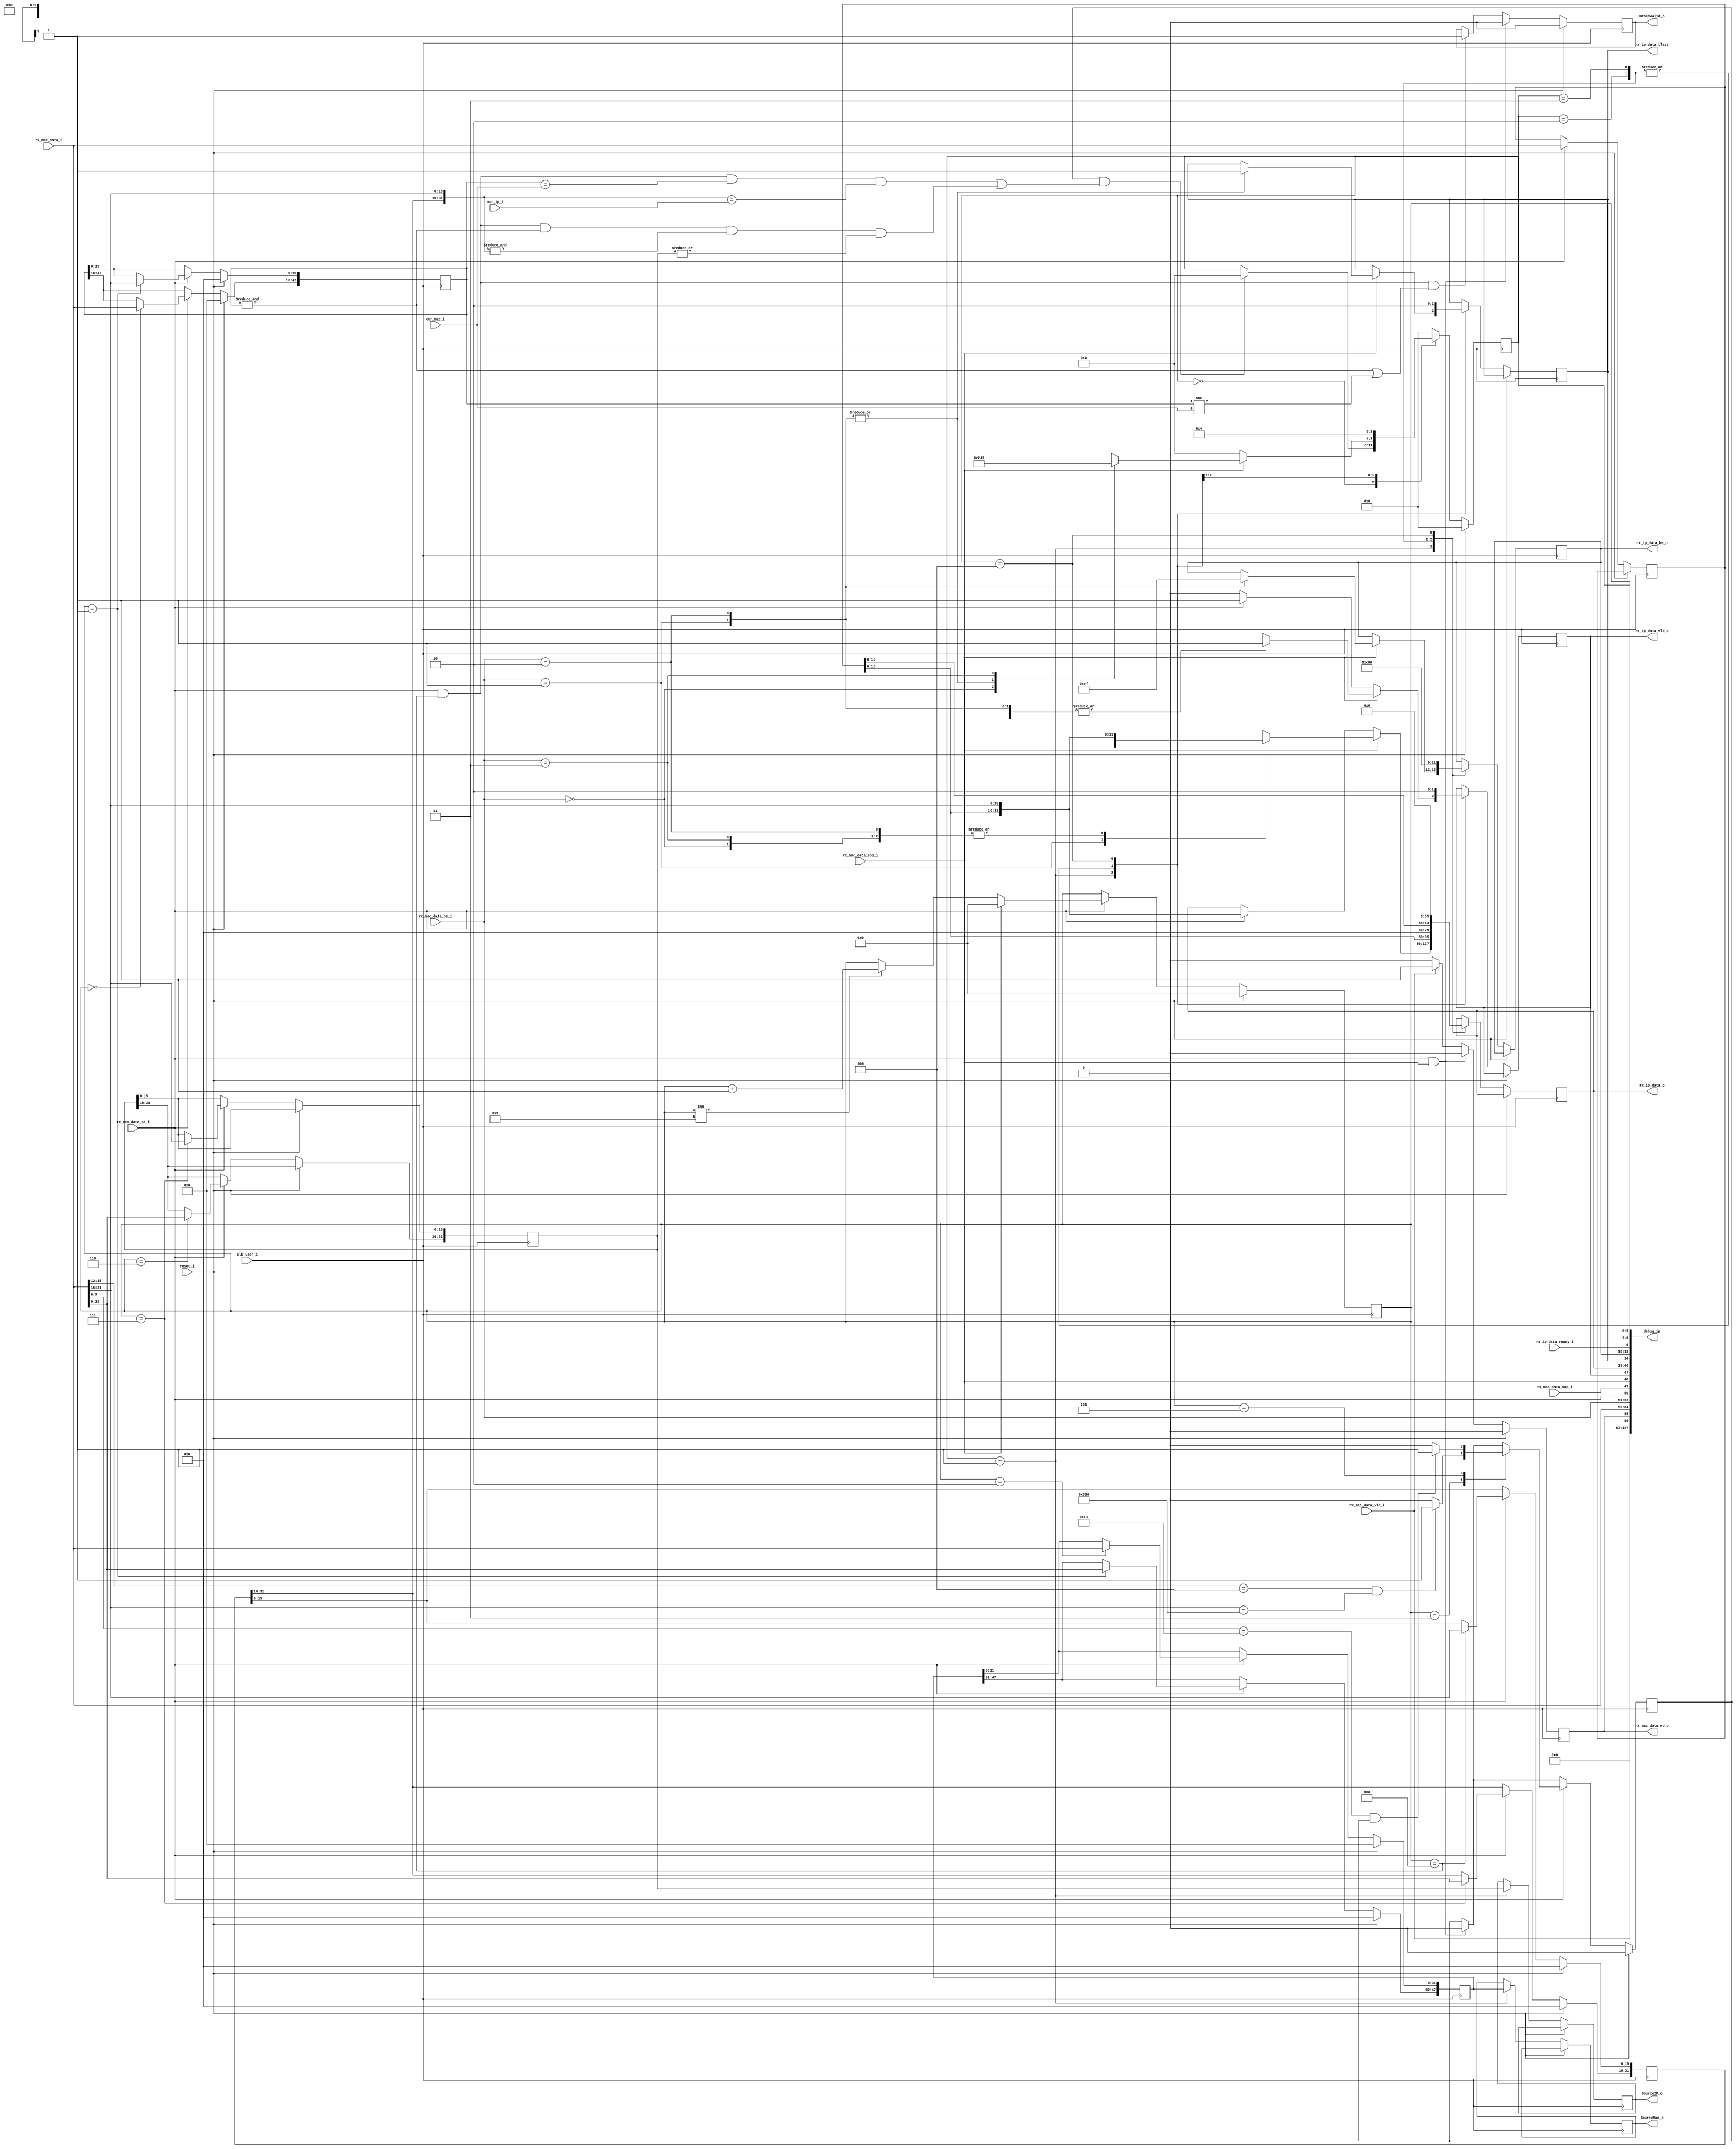
module IPv4_Rec(
//system signals
input	reset_i,
input	clk_user_i,

//mac_rx_to_ip
input			rx_mac_data_vld_i	,//rx_mac_ra
output	reg 		rx_mac_data_rd_o	,//rx_mac_rd
input		[31:0]	rx_mac_data_i		,
input		[1:0]	rx_mac_data_be_i	,//00,01,10,11  4,1,2,3  1111 1110 1100 1000
input			rx_mac_data_pa_i	,
input			rx_mac_data_sop_i	,
input			rx_mac_data_eop_i	,

//ip rx to udp
output	reg		rx_ip_data_vld_o	= 'b0,
output	reg	[31:0]	rx_ip_data_o		= 'b0,
output	reg		rx_ip_data_tlast	= 'b0,
output	reg	[3:0]	rx_ip_data_be_o		= 'b0,
input			rx_ip_data_ready_i	,

//broadcast control
output reg		BroadValid_o=1'b0	,

//control signals
input		[47:0]	our_mac_i		,
input		[31:0]	our_ip_i		,
output reg	[47:0]	SourceMac_o	= 'b0	,
output reg	[31:0]	SourceIP_o	= 'b0	,
output [127:0] debug_ip
);

reg	[4:0]	Mac_cnt		= 'b0;
reg	[47:0]	DistinationMac	= 'b0;
reg	[4:0]	HeadLength	= 'b0;
reg		Send_Flag 	= 0;//֡IPv4ʽģźΪ0Ϊ1֮ݼ
reg	[47:0]	SourceMac	= 'b0	;
reg	[31:0]	SourceIP	= 'b0	;

reg	[31:0]	DistinationIP	= 'b0;
reg	[3:0]	IP_Rec_State	= 'b0;
reg	[31:0]	DataR		= 'b0;

assign debug_ip = {'b0,
   rx_mac_data_vld_i , 
   rx_mac_data_rd_o  , 
   rx_mac_data_i     ,     
   rx_mac_data_be_i  ,
   rx_mac_data_pa_i  ,
   rx_mac_data_sop_i ,
   rx_mac_data_eop_i ,
                     
                     
   rx_ip_data_vld_o  ,
   rx_ip_data_o	     ,
   rx_ip_data_tlast  ,
   rx_ip_data_be_o   ,     
   rx_ip_data_ready_i,
   Mac_cnt, IP_Rec_State
    };


always@(posedge clk_user_i )
	if(reset_i)
		begin
		Mac_cnt <= 'd0;	
		rx_mac_data_rd_o <= 'd0;
		end
	else
	begin
		if(rx_mac_data_pa_i == 1 && rx_mac_data_eop_i == 1)
			rx_mac_data_rd_o <= 'd0; 
		else if(rx_mac_data_vld_i)
			rx_mac_data_rd_o <= 'd1; 
		else if(!rx_mac_data_vld_i)
			rx_mac_data_rd_o <= 'd0; 
		if(rx_mac_data_pa_i == 1)
			begin
			if(rx_mac_data_eop_i == 1)
				begin
				Mac_cnt <= 'd0;	
				end
			else
				begin
				if(Mac_cnt!=9)
					Mac_cnt <= Mac_cnt + 1'b1 ;
				end
			end
	end

//֡ͷ
always@(posedge clk_user_i)
	if(reset_i)
		begin
		DistinationMac	 	<= 'd0;
		SourceMac 		<= 'd0;
		HeadLength 		<= 'd0;
		Send_Flag 		<= 'd0;	
		//SourceIP  		<= 'd0;
		DistinationIP 		<= 'd0;
		end
	else	
	begin
		if(rx_mac_data_pa_i && rx_mac_data_eop_i)Send_Flag <= 'd0;
		if(rx_mac_data_pa_i == 1)
		begin
		case(Mac_cnt)
		'd0:   begin  	DistinationMac[16+:32] 	<=  rx_mac_data_i; 
				end
		'd1:  	begin  	DistinationMac[0+:16] 	<=  rx_mac_data_i[16+:16];
				SourceMac [32+:16]	<= rx_mac_data_i[0+:16];
				end
		'd2:	begin	SourceMac [0+:32]	<= rx_mac_data_i;
				 
				end
		'd3:	begin
			if(rx_mac_data_i[12+:4]=='d4 && rx_mac_data_i[16+:16]==16'h0800)
				begin	HeadLength <= 	rx_mac_data_i[8+:4]+1;Send_Flag <= 'd1;	end
			else	Send_Flag 		<= 'd0;	
			end
		'd5:	begin
			if(rx_mac_data_i[0+:8]=='d17 && Send_Flag)   Send_Flag <= 'd1;	
			else				Send_Flag <= 'd0;	end
		'd6:
			begin
			SourceIP [16+:16]	<= 	rx_mac_data_i[0+:16];
			end
		'd7:
			begin
			SourceIP [0+:16]	<= 	rx_mac_data_i[16+:16];
			DistinationIP[16+:16]	<= 	rx_mac_data_i[0+:16];	
			end
		'd8:
			begin
			DistinationIP[0+:16]	<= 	rx_mac_data_i[16+:16];			
			end
		endcase	
		end	
		end
//ݴ
//ip rx to udp
//output		rx_ip_data_vld_o,
//output	[31:0]	rx_ip_data_o,
///output		rx_ip_data_tlast,
//output	[3:0]	rx_ip_data_be_o,
//input			rx_ip_data_ready_i,


//IP_Rec_State

always@(posedge clk_user_i)
	if(reset_i)
		begin
		IP_Rec_State 		<= 'd0;
		BroadValid_o		<=1'b0;
		end
	else  
		begin
		if(rx_mac_data_pa_i&&rx_mac_data_eop_i) BroadValid_o<=1'b0;
		else if(rx_mac_data_pa_i == 1&&Mac_cnt == 'd8 && (&DistinationMac == 1'b1 || DistinationMac!=our_mac_i)) BroadValid_o<=1'b1; 
		if(rx_mac_data_pa_i)
			DataR <=  rx_mac_data_i ;
		case(IP_Rec_State)	
		'd0:
			if( Send_Flag && ( (rx_mac_data_pa_i == 1&&Mac_cnt == 'd8 && DistinationMac == our_mac_i && {DistinationIP[16+:16],rx_mac_data_i[16+:16]} == our_ip_i )
		  	  ||(rx_mac_data_pa_i == 1&&Mac_cnt == 'd8 && (&DistinationMac == 1'b1) && (&{DistinationIP[16+:16],rx_mac_data_i[16+:16]}==1'b1) && (|SourceIP!=1'b0)) 
			))
			begin
			IP_Rec_State <= 'd1;		
			end
		'd1:
			begin
			SourceMac_o<=SourceMac;
			SourceIP_o<=SourceIP;
			if(rx_mac_data_eop_i != 'd1)
				begin
					if(rx_mac_data_pa_i) begin
						rx_ip_data_vld_o  <= 1'b1;
						rx_ip_data_o <= {DataR[0+:16],rx_mac_data_i[16+:16]};	
						IP_Rec_State <= 'd1;		
					end
					else begin
						rx_ip_data_vld_o  <= 1'b0;
						IP_Rec_State <= 'd1;		
					end
				end
			else if(rx_mac_data_eop_i == 'd1)
				begin
				//rx_mac_data_rd_o <= 1'b0;
				case(rx_mac_data_be_i)	
				2'd0://4byteЧ2byte
				begin
					rx_ip_data_vld_o  <= 1'b1;
					rx_ip_data_o <= {DataR[0+:16],rx_mac_data_i[16+:16]};	
					IP_Rec_State <= 'd2;		
					end
				2'd1:begin// 1byteЧ3byteЧ
					rx_ip_data_vld_o  <= 1'b1;
					rx_ip_data_o <= {DataR[0+:16],rx_mac_data_i[24+:8],8'b0};	
					IP_Rec_State <= 'd4;	
					rx_ip_data_tlast <= 'd1;
					rx_ip_data_be_o	<= 4'b1110;	
					end
				2'd2://2byte Ч;4byteЧ
				begin
					rx_ip_data_vld_o  <= 1'b1;
					rx_ip_data_o <= {DataR[0+:16],rx_mac_data_i[16+:16]};	
					IP_Rec_State <= 'd4;	
					rx_ip_data_tlast <= 'd1;
					rx_ip_data_be_o	<= 4'b1111;	
					end
				2'd3://3byteЧ1byteЧ
				begin
					rx_ip_data_vld_o  <= 1'b1;
					rx_ip_data_o <= {DataR[0+:16],rx_mac_data_i[16+:16]};	
					IP_Rec_State <= 'd3;		
					end
				endcase
					
				end
			end
		'd2://4byteЧ2byte
		begin
					rx_ip_data_vld_o  <= 1'b1;
					rx_ip_data_o <= {DataR[0+:16],16'h0};	
					IP_Rec_State <= 'd4;	
					rx_ip_data_tlast <= 'd1;
					rx_ip_data_be_o	<= 4'b1100;	
					end
		
		'd3://3byteЧ1byteЧ
		begin
					rx_ip_data_vld_o  <= 1'b1;
					rx_ip_data_o <= {DataR[8+:8],24'b0};	
					IP_Rec_State <= 'd4;	
					rx_ip_data_tlast <= 'd1;
					rx_ip_data_be_o	<= 4'b1000;	
					end
		'd4://
		begin
					//rx_mac_data_rd_o <= 1'b1;
					rx_ip_data_vld_o  <= 1'b0;
					rx_ip_data_o <= 'd0;
					IP_Rec_State <= 'd0;	
					rx_ip_data_tlast <= 'd0;
					rx_ip_data_be_o	<= 4'h0;	
					end
		default:
			begin
			IP_Rec_State <= 'd0;		
			end
		endcase
		end


endmodule